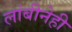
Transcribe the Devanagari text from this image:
लांबीनेही